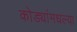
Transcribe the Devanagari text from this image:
कोड्यांमधल्या